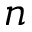
n